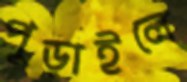
পুড়াইলে